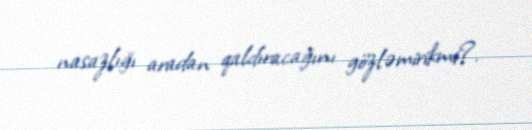
nasazlığı aradan qaldıracağını gözləmirikmi?.